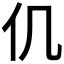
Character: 仉